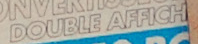
DOUBLE AFFICH